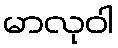
မာလုဝါ